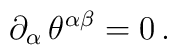
\partial_{\alpha}\, \theta^{\alpha\beta} = 0\, .